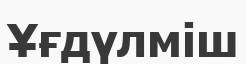
Ұғдүлміш